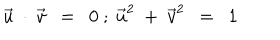
\vec { u } \ \cdot \ \vec { v } \ \ = \ \ 0 \ ; \ \vec { u } ^ { 2 } \ + \ \vec { v } ^ { 2 } \ \ = \ \ 1 \